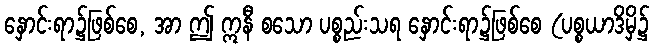
နှောင်းရာ၌ဖြစ်စေ, အာ ဤ ဣနီ စသော ပစ္စည်းသရ နှောင်းရာ၌ဖြစ်စေ (ပစ္စယာဒိမှိ၌